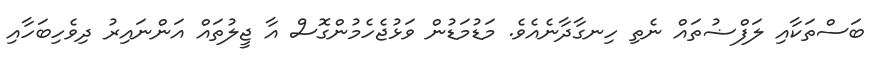
ބަސްތަކާއި ލަފްޟުތައް ނެތި ހިނގާދާނެއެވެ. މަޑުމަޑުން ވަޅުޖެހެމުންގޮސް އާ ޖީލުތައް އަންނައިރު ދިވެހިބަހާއި